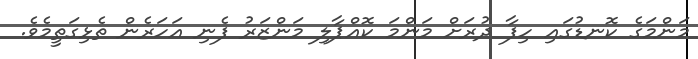
މަންމަގެ ކޮނޑުގައި ހިފާ ދުރަށް މަންމަ ކޮއްޕާލި މަންޒަރު ފެނި އަހަރެން ތެޅިގަތީމެވެ.